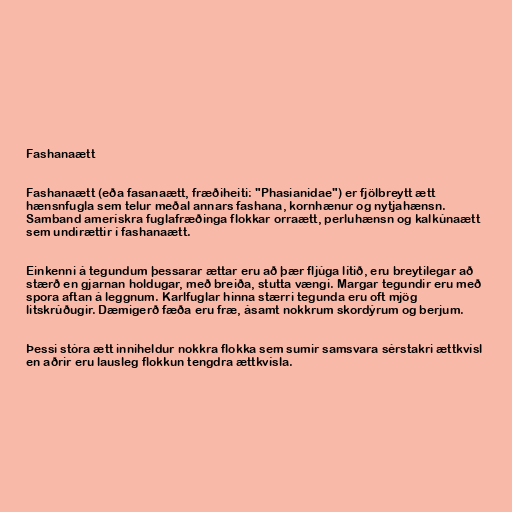
Fashanaætt

Fashanaætt (eða fasanaætt, fræðiheiti: "Phasianidae") er fjölbreytt ætt
hænsnfugla sem telur meðal annars fashana, kornhænur og nytjahænsn.
Samband amerískra fuglafræðinga flokkar orraætt, perluhænsn og kalkúnaætt
sem undirættir í fashanaætt.

Einkenni á tegundum þessarar ættar eru að þær fljúga lítið, eru breytilegar að
stærð en gjarnan holdugar, með breiða, stutta vængi. Margar tegundir eru með
spora aftan á leggnum. Karlfuglar hinna stærri tegunda eru oft mjög
litskrúðugir. Dæmigerð fæða eru fræ, ásamt nokkrum skordýrum og berjum.

Þessi stóra ætt inniheldur nokkra flokka sem sumir samsvara sérstakri ættkvísl
en aðrir eru lausleg flokkun tengdra ættkvísla.